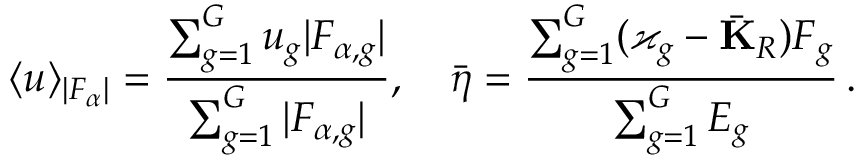
\langle u \rangle _ { | F _ { \alpha } | } = \frac { \sum _ { g = 1 } ^ { G } u _ { g } | F _ { \alpha , g } | } { \sum _ { g = 1 } ^ { G } | F _ { \alpha , g } | } , \quad \bar { \boldsymbol { \eta } } = \frac { \sum _ { g = 1 } ^ { G } ( \varkappa _ { g } - \bar { \mathbf { K } } _ { R } ) \boldsymbol { F } _ { g } } { \sum _ { g = 1 } ^ { G } E _ { g } } \, .